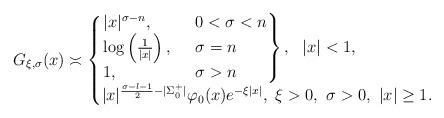
LaTeX: \begin{align*}G_{\xi, \sigma}(x)\asymp\begin{cases} \begin{rcases} |x|^{\sigma-n},\,\,\,&0<\sigma<n\\ \log\left(\frac{1}{|x|}\right),\,\,\,& \sigma=n\\ 1, & \sigma>n \end{rcases}, \,\,\,\,|x|<1,\\ |x|^{\frac{\sigma-l-1}{2}-|\Sigma^{+}_0|}\varphi_{0}(x) e^{-\xi|x|},\,\,\xi>0,\,\,\sigma>0,\,\,|x|\geq1.\,\,\, \end{cases} \end{align*}